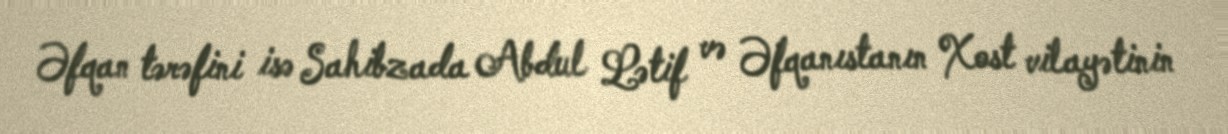
Əfqan tərəfini isə Sahibzada Abdul Lətif və Əfqanıstanın Xost vilayətinin